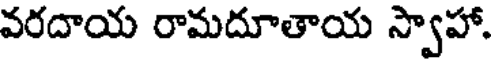
వరదాయ రామదూతాయ స్వాహా.